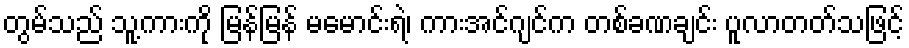
တွမ်သည် သူ့ကားကို မြန်မြန် မမောင်းရဲ၊ ကားအင်ဂျင်က တစ်ခဏချင်း ပူလာတတ်သဖြင့်